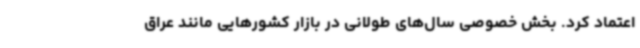
اعتماد کرد. بخش خصوصی سال‌های طولانی در بازار کشورهایی مانند عراق